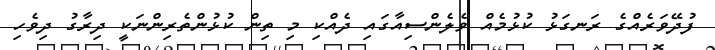
ފުދޭވަރެއްގެ ރަނގަޅު ކުޅުމެއް ވެލެންސިއާގައި ދެއްކި މި ތިން ކުޅުންތެރިންނަކީ ދިރާގު ދިވެހި